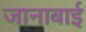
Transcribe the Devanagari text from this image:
जानाबाई